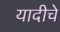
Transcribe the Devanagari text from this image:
यादीचे